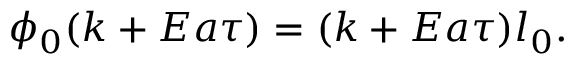
\phi _ { 0 } ( k + E a \tau ) = ( k + E a \tau ) l _ { 0 } .